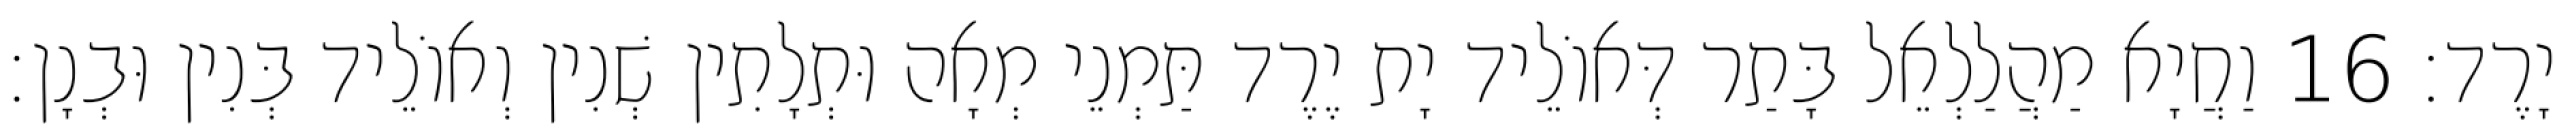
יָרֶד׃ 16 וַחֲיָא מַהֲלַלְאֵל בָּתַר דְּאוֹלֵיד יָת יֶרֶד תַּמְנֵי מְאָה וּתְלָתִין שְׁנִין וְאוֹלֵיד בְּנִין וּבְנָן׃